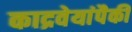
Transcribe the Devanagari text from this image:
काद्रवेयांपैकी